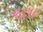
ચટાપટા